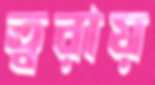
ত্বরায়